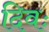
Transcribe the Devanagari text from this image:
दिवः